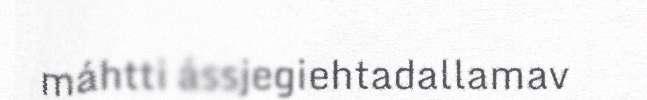
máhtti ássjegiehtadallamav